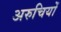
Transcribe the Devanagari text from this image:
अरुचियों